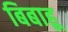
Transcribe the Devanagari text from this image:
बिबाहू